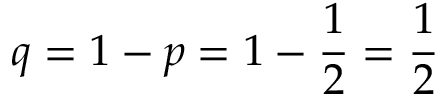
q = 1 - p = 1 - { \frac { 1 } { 2 } } = { \frac { 1 } { 2 } }